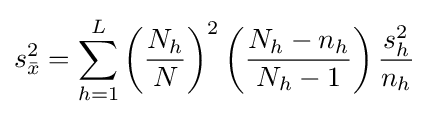
s_{\bar {x}}^{2}=\sum _{h=1}^{L}\left({\frac {N_{h}}{N}}\right)^{2}\left({\frac {N_{h}-n_{h}}{N_{h}-1}}\right){\frac {s_{h}^{2}}{n_{h}}}